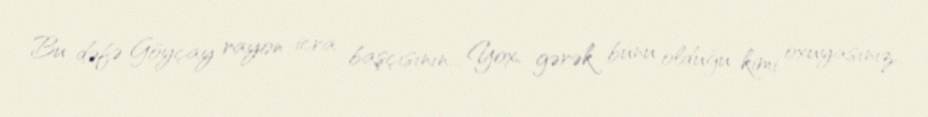
Bu dəfə Göyçay rayon icra başçısının... Yox, gərək bunu olduğu kimi oxuyasınız,